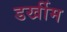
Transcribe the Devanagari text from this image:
डर्खीम